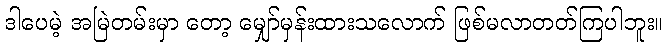
ဒါပေမဲ့ အမြဲတမ်းမှာ တော့ မျှော်မှန်းထားသလောက် ဖြစ်မလာတတ်ကြပါဘူး။